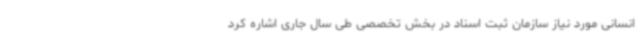
انسانی مورد نیاز سازمان ثبت اسناد در بخش تخصصی طی سال جاری اشاره کرد